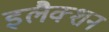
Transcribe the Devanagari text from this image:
इलैक्शन